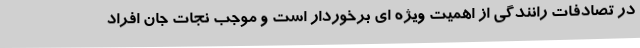
در تصادفات رانندگی از اهمیت ویژه ای برخوردار است و موجب نجات جان افراد